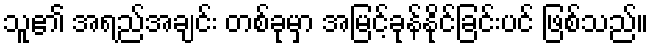
သူ၏ အရည်အချင်း တစ်ခုမှာ အမြင့်ခုန်နိုင်ခြင်းပင် ဖြစ်သည်။